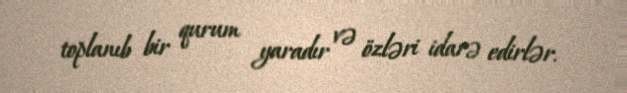
toplanıb bir qurum yaradır və özləri idarə edirlər.